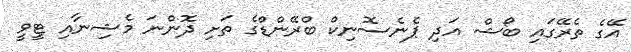
އޭގެ ތެރޭގައި ބޯޝް އަދި ޕެނެސޮނިކް ބްރޭންޑްގެ ތަށި ދޮންނަ މެޝިނާއި ޓީވީ